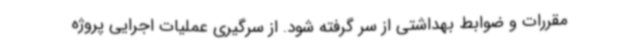
مقررات و ضوابط بهداشتی از سر گرفته شود.‌ از سرگیری عملیات اجرایی پروژه